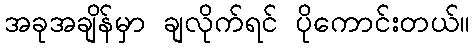
အခုအချိန်မှာ ချလိုက်ရင် ပိုကောင်းတယ်။